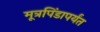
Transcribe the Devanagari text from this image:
मूत्रपिंडापर्यंत